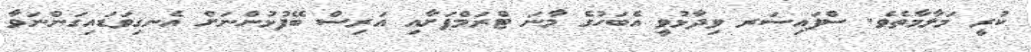
ކުރީ މަލާމާތެވެ. ސްޕައިސަރ ވިދާޅުވީ އެބަހުގެ މާނަ ޓްރަމްޕަށާއި އަރިސް ބޭފުޅުންނަށް އެނގިވަޑައިގަންނަވާ